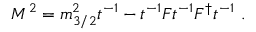
{ \cal M } ^ { 2 } = m _ { 3 / 2 } ^ { 2 } t ^ { - 1 } - t ^ { - 1 } F t ^ { - 1 } F ^ { \dagger } t ^ { - 1 } \ .